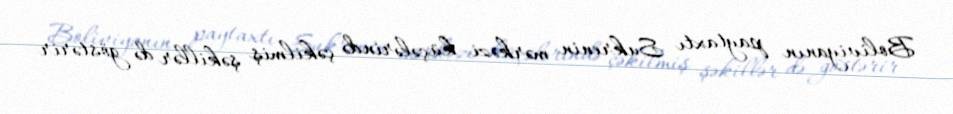
Boliviyanın paytaxtı Sukrenin mərkəzi küçələrində çəkilmiş şəkillər də göstərir